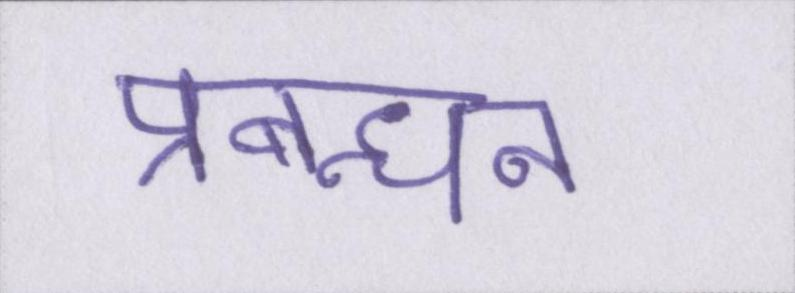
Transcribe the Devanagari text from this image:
प्रबन्धन